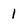
Character: 1